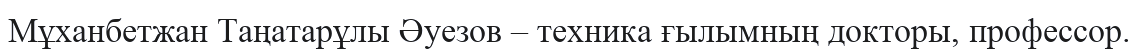
Мұханбетжан Таңатарұлы Әуезов – техника ғылымның докторы, профессор.